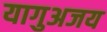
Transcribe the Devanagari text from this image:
यागुअजय